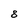
Character: 8